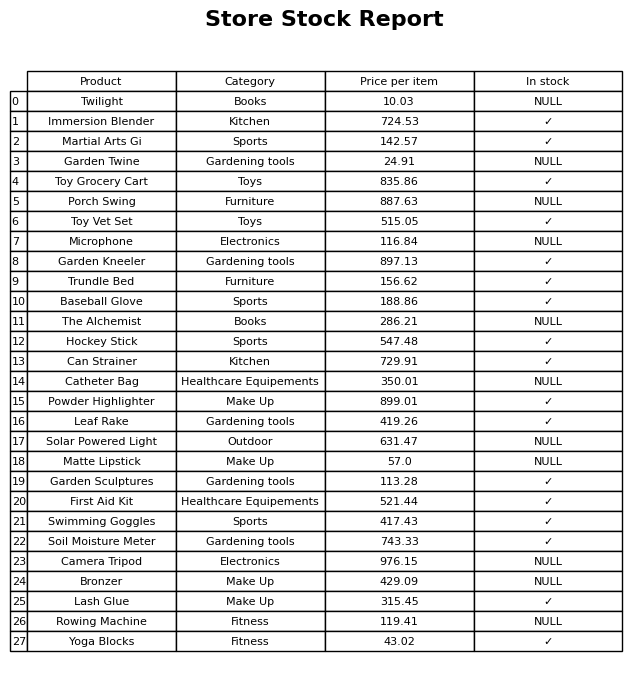
question: What is the price of the Hockey Stick?
answer: The price of Hockey Stick is 547.48.